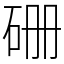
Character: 𥑬